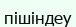
пішіндеу